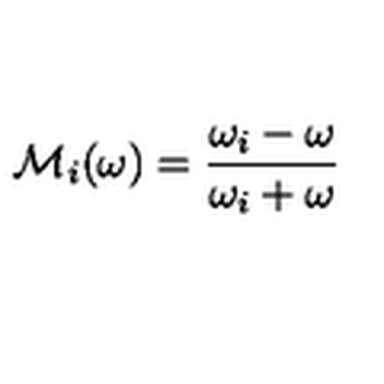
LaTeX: { \cal M } _ { i } ( \omega ) = { \frac { \omega _ { i } - \omega } { \omega _ { i } + \omega } }